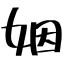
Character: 姻